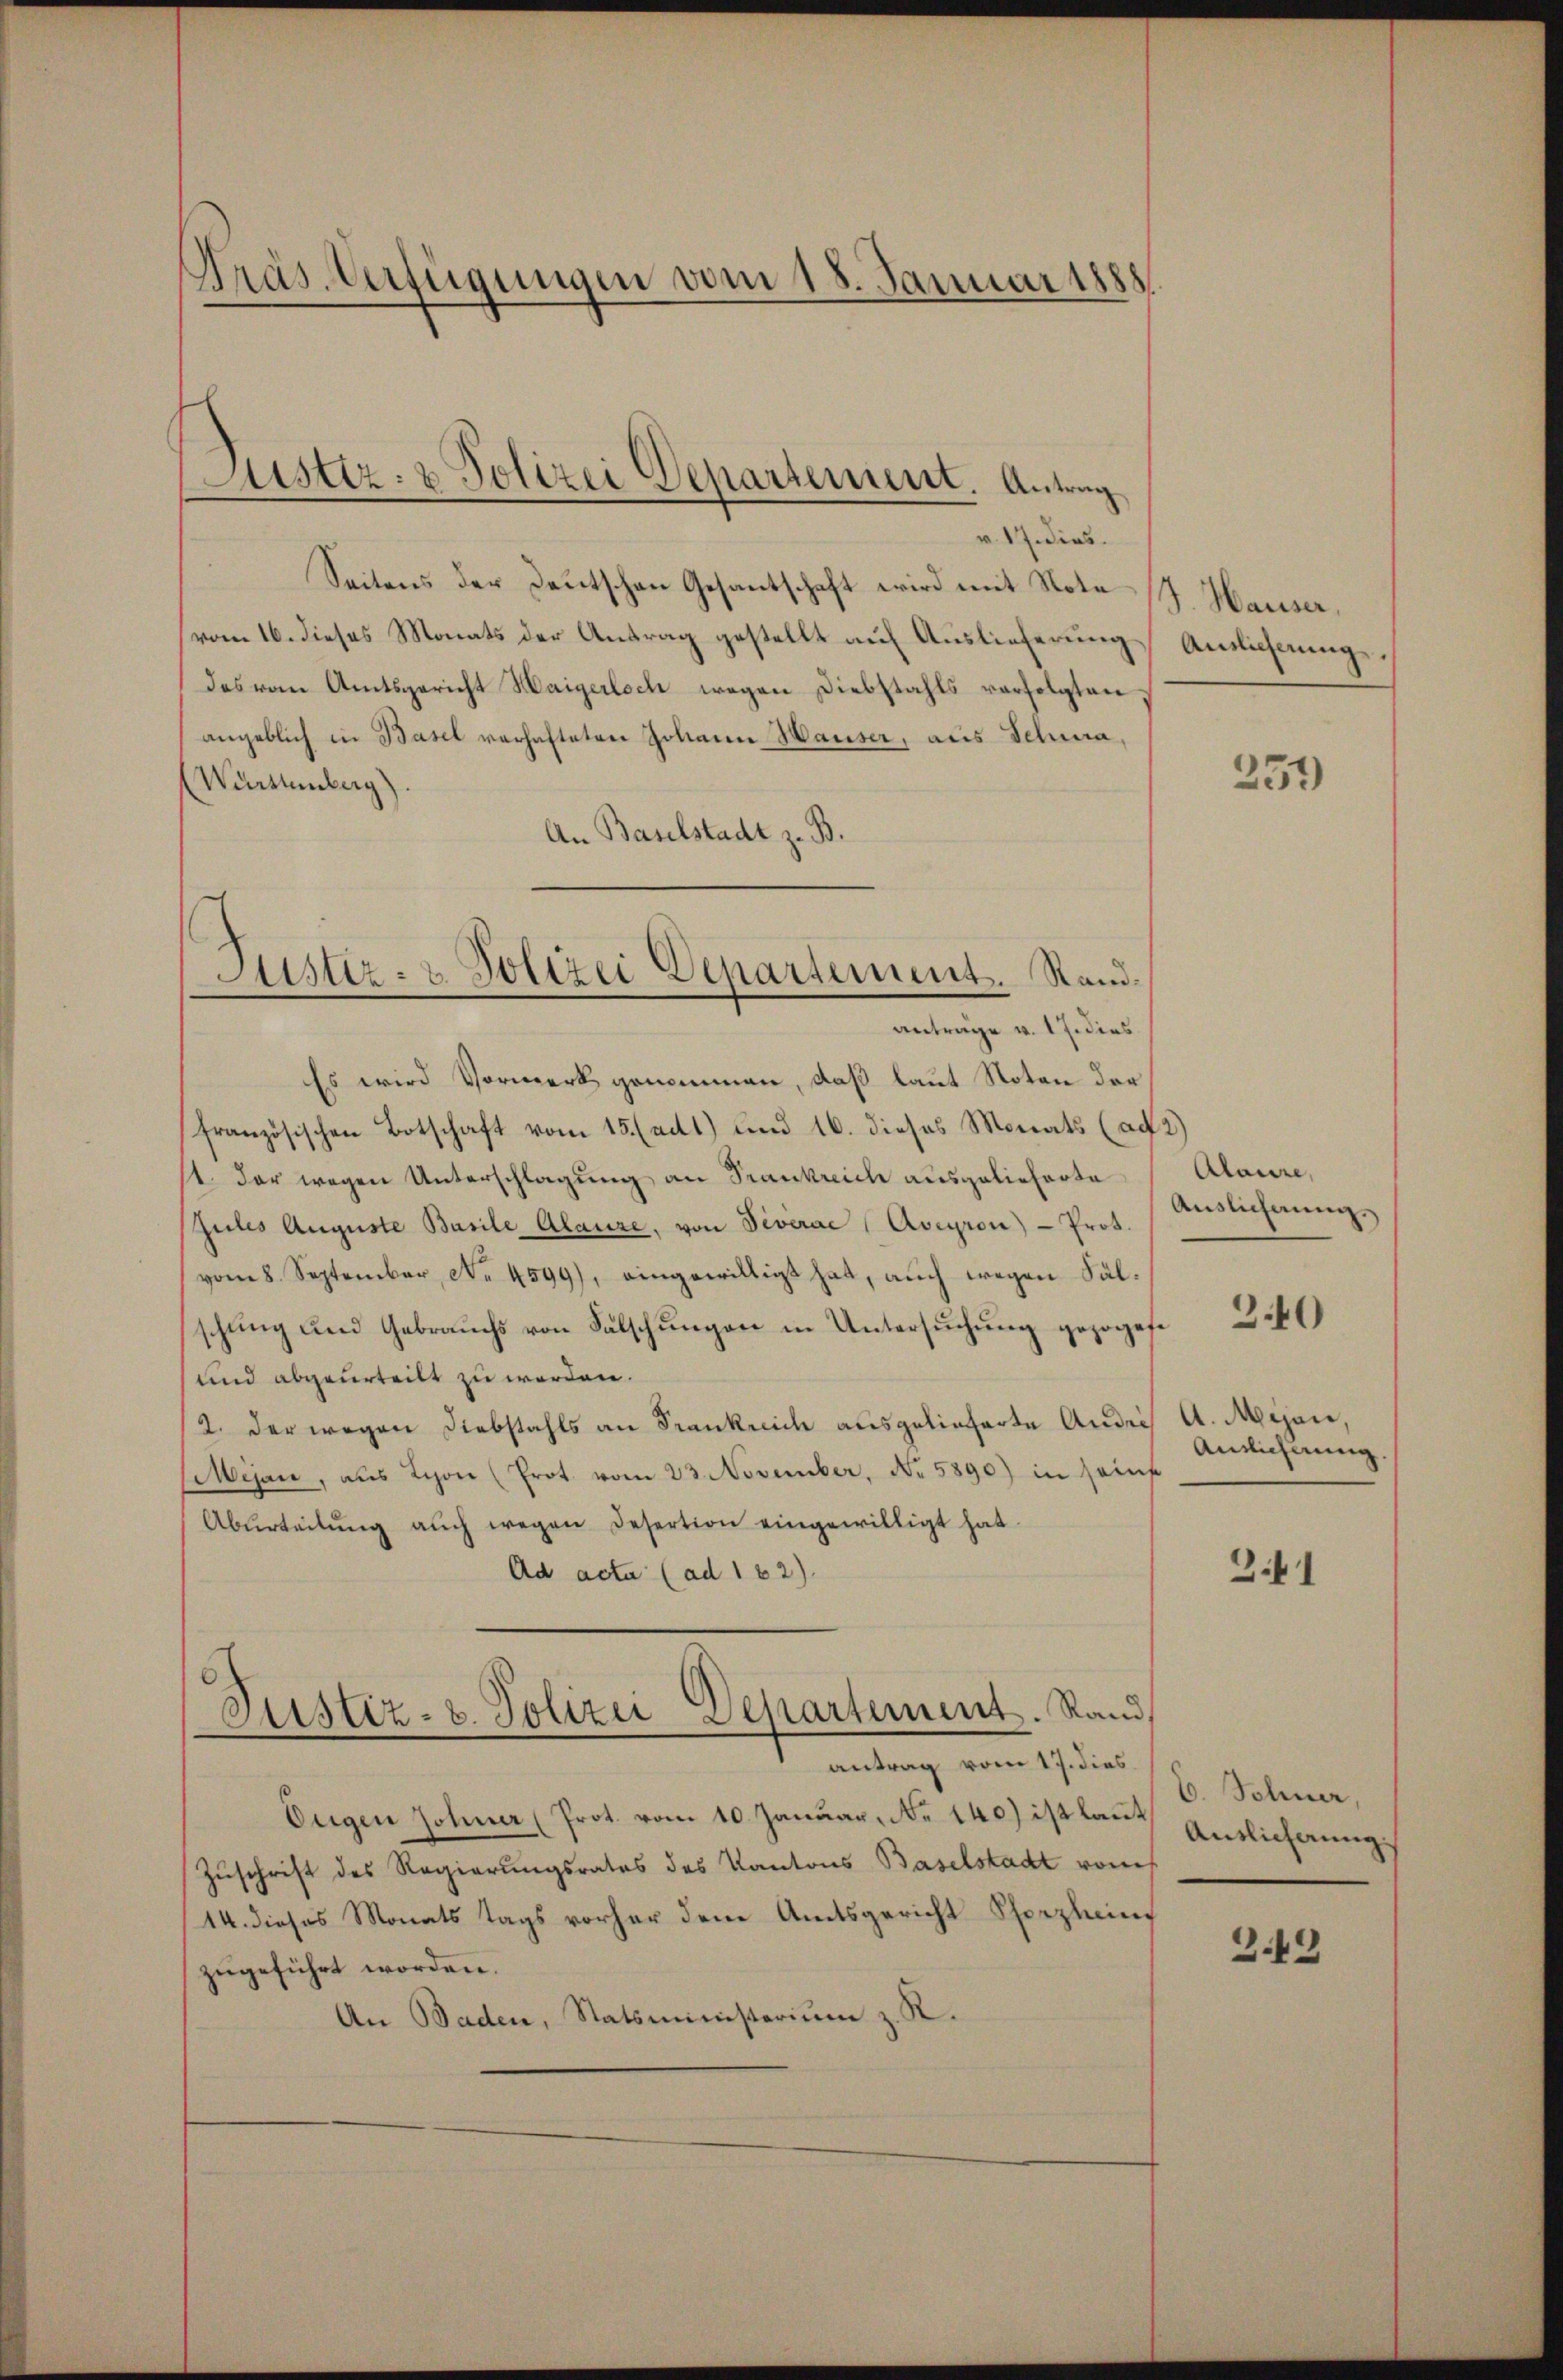
Präs. Verfügungen vom 18. Januar 1888

Justiz- & Polizei Departement. Antrag

v. 17. dies
Seitens der Deutschen Gesantschaft wird mit Nota J. Hauser,
vom 16. dieses Monats der Antrag gestellt auf Auslieferung
das von Amtsgericht Haigerloch wegen Diebstahls verfolgten,
angeblich in Basel verhafteten Johann Hauser, aus Schwa¬
Wartemberg)
An Baselstadt z. B.
Es wird Vormerk genommen, daß laut Noten der
französischen Botschaft vom 15. (adt) und 16. dieses Monats (ad
1. der wegen Unterschlagung an Frankreich ausgelieferte
Zules Auguste Basile Alanze, von Diverae Aveyron) - Prot.
vom 8. September, No. 4599), eingewilligt hat, auch wegen Sälschung und Gebrauchs von Falschungen in Untersuchung gezogene
und abgeurteilt zu werden.
2. der wegen Diebstahls an Frankreich ausgelieferte Andei¬
Mijan, aus Schon (Prot. vom 23. November, No. 5890) in Hanf
Aburteilŭng aŭch wegen Desertion eingewilligt hat.
Ad acta (ad 162)
Justiz- u. Polizei Departement. Rand
antrag vom 17. dies
Ougen Johner (Prot. vom 10. Januar, No 140.) ist kannt,
Zuschrift des Regierungsrates des Kantons Baselstadt vom
14. dieses Monats tags vorher dem Amtsgericht Sporzlein
zugeführt worden.
An Baden, Statsministerium z. R.

Justiz- & Polizei Departement. Sandantrage v. 17. dies

Auslieferung.

251)

2)
Alaure,
Auslichnung.

240

A. Mijan,
Antlicherung.

341

C. Schner,
Antlicherung.

249